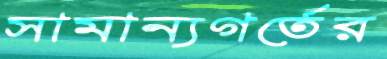
সামান্যগর্তের